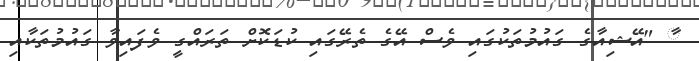
ާ "އޭޝިއާގެ ގައުމުތަކުގައި ވެސް އޭގެ ތެރޭގައި ކުޑަކޮށް ތަރައްގީ ވެފައިވާ ގައުމުތަކާއި